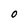
Character: O